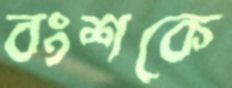
বংশকে